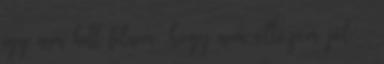
így nem kell félnem, hogy nem öltözöm jól: :